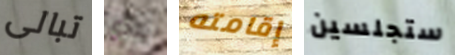
تبالى لندي إقامته ستجلسين